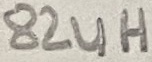
Text: 82uH